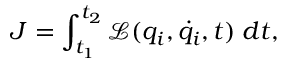
J = \int _ { t _ { 1 } } ^ { t _ { 2 } } \mathcal { L } ( q _ { i } , \dot { q } _ { i } , t ) \; d t ,